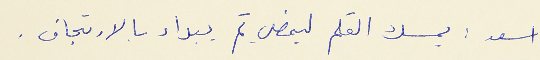
اسعد : يمسك القلم ليمضي ثم يبداء بالارتجاف .